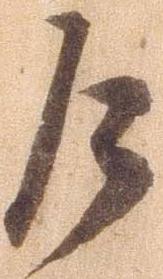
乍